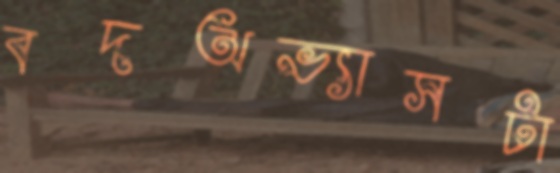
বদঅভ্যাসটা